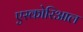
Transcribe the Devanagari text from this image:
एस्कोरिआल